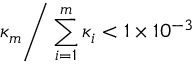
{ \kappa _ { m } } \mathord { \left/ { \vphantom { \kappa _ { m } \sum _ { i = 1 } ^ { m } \kappa _ { i } } } \right. \kern - \nulldelimiterspace } \sum _ { i = 1 } ^ { m } \kappa _ { i } < 1 \times 1 0 ^ { - 3 }